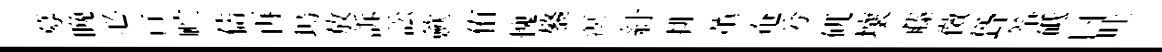
募晩必亘贮儔再塢放訴訟歛侑愧鏊溟紆排薫奄兮矹壤藤傚聳筝砥曰吐